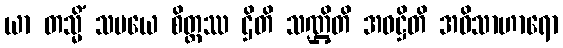
ယာ တသ္မိံ သမယေ စိတ္တဿ ဌိတိ သဏ္ဌိတိ အဝဋ္ဌိတိ အဝိသာဟာရော